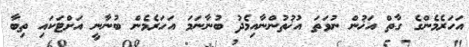
އަހަރެމެންގެ ގާތް އަޚުން ނުވަތަ އުޚުތުންނާއިމެދު ބުނާނަމަ އަހަރެެމެން ބުނާނީ އަށްޓަކައި ތިބާ